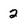
Character: 2